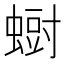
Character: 𮔨